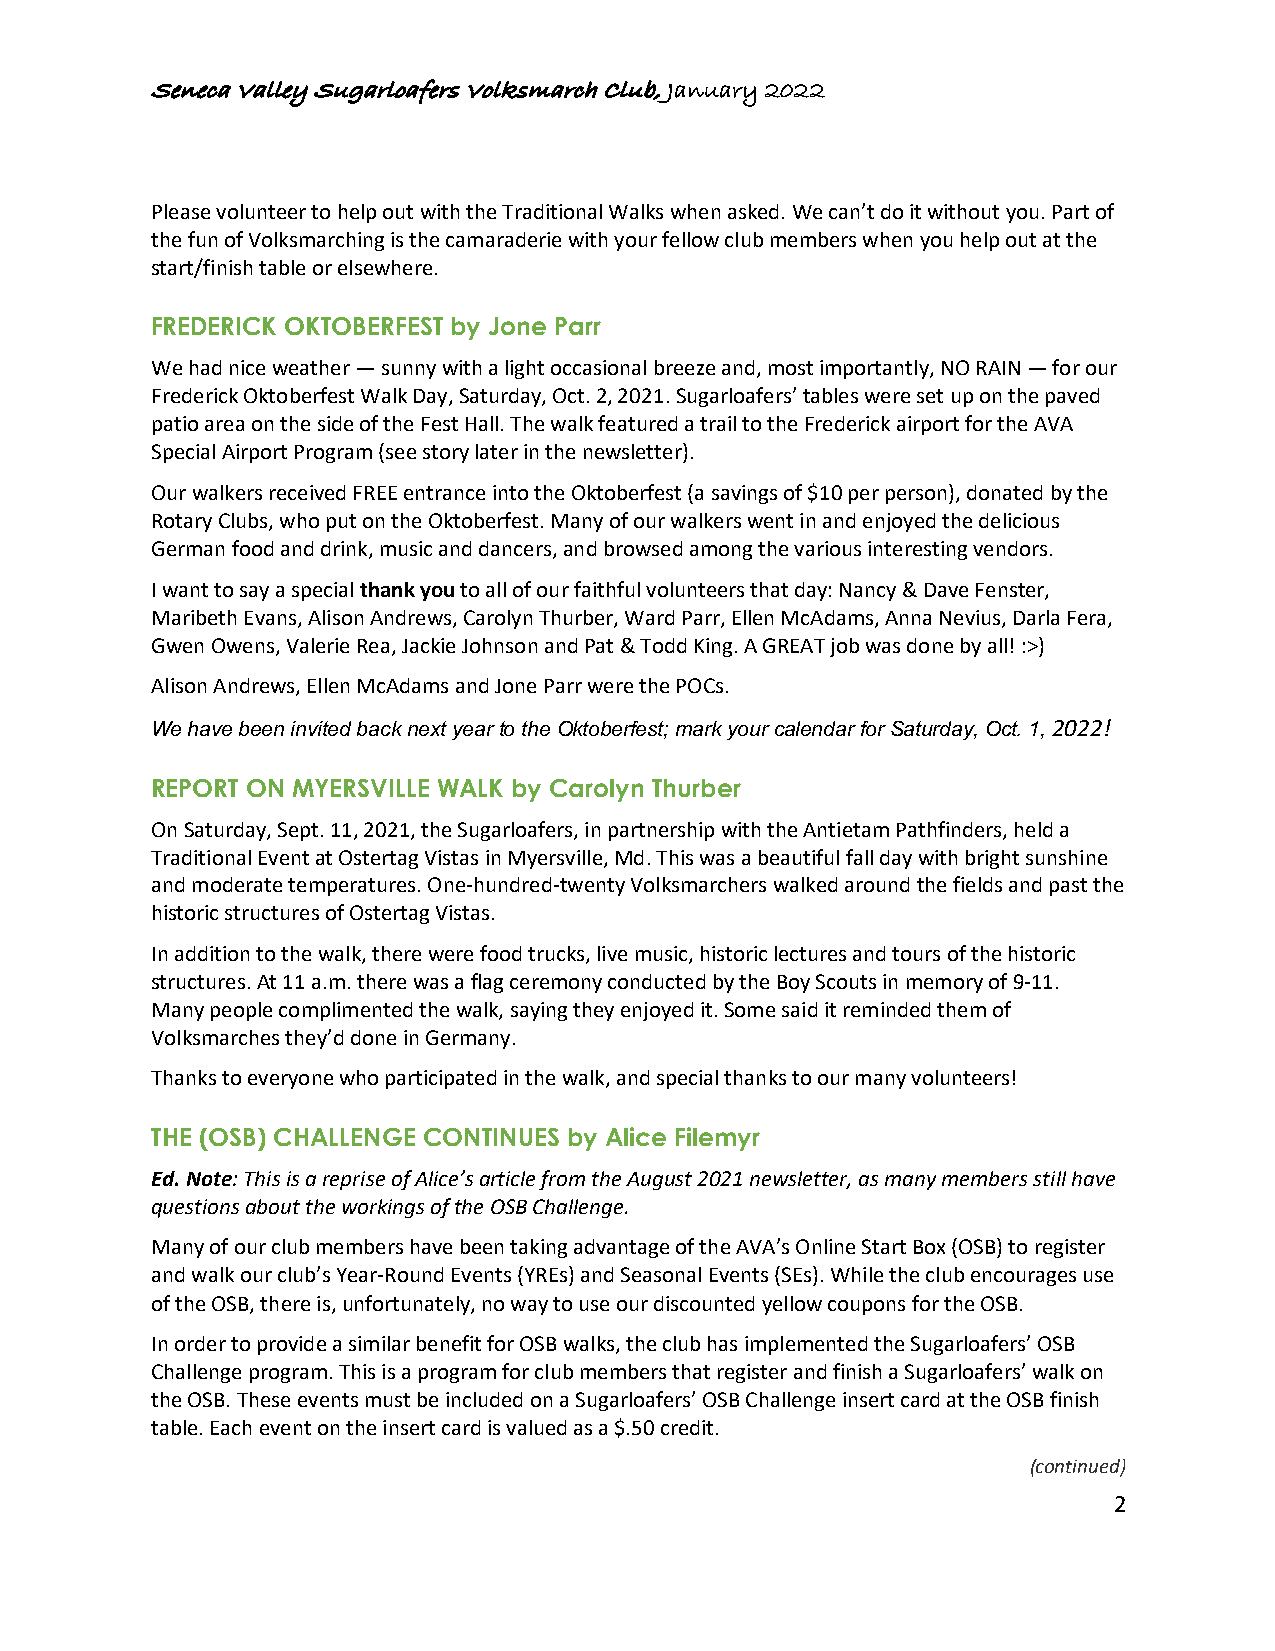
Seneca Valley Sugarloafers Volksmarch Club, January 2022
 Please volunteer to help out with the Traditional Walks when asked. We can’t do it without you. Part of
 the fun of Volksmarching is the camaraderie with your fellow club members when you help out at the
 start/finish table or elsewhere.
 FREDERICK OKTOBERFEST by Jone Parr
 We had nice weather — sunny with a light occasional breeze and, most importantly, NO RAIN — for our
 Frederick Oktoberfest Walk Day, Saturday, Oct. 2, 2021. Sugarloafers’ tables were set up on the paved
 patio area on the side of the Fest Hall. The walk featured a trail to the Frederick airport for the AVA
 Special Airport Program (see story later in the newsletter).
 Our walkers received FREE entrance into the Oktoberfest (a savings of $10 per person), donated by the
 Rotary Clubs, who put on the Oktoberfest. Many of our walkers went in and enjoyed the delicious
 German food and drink, music and dancers, and browsed among the various interesting vendors.
 I want to say a special thank you to all of our faithful volunteers that day: Nancy & Dave Fenster,
 Maribeth Evans, Alison Andrews, Carolyn Thurber, Ward Parr, Ellen McAdams, Anna Nevius, Darla Fera,
 Gwen Owens, Valerie Rea, Jackie Johnson and Pat & Todd King. A GREAT job was done by all! :>)
 Alison Andrews, Ellen McAdams and Jone Parr were the POCs.
 We have been invited back next year to the Oktoberfest; mark your calendar for Saturday, Oct. 1, 2022!
 REPORT ON MYERSVILLE WALK by Carolyn Thurber
 On Saturday, Sept. 11, 2021, the Sugarloafers, in partnership with the Antietam Pathfinders, held a
 Traditional Event at Ostertag Vistas in Myersville, Md. This was a beautiful fall day with bright sunshine
 and moderate temperatures. One-hundred-twenty Volksmarchers walked around the fields and past the
 historic structures of Ostertag Vistas.
 In addition to the walk, there were food trucks, live music, historic lectures and tours of the historic
 structures. At 11 a.m. there was a flag ceremony conducted by the Boy Scouts in memory of 9-11.
 Many people complimented the walk, saying they enjoyed it. Some said it reminded them of
 Volksmarches they’d done in Germany.
 Thanks to everyone who participated in the walk, and special thanks to our many volunteers!
 THE (OSB) CHALLENGE CONTINUES by Alice Filemyr
 Ed. Note: This is a reprise of Alice’s article from the August 2021 newsletter, as many members still have
 questions about the workings of the OSB Challenge.
 Many of our club members have been taking advantage of the AVA’s Online Start Box (OSB) to register
 and walk our club’s Year-Round Events (YREs) and Seasonal Events (SEs). While the club encourages use
 of the OSB, there is, unfortunately, no way to use our discounted yellow coupons for the OSB.
 In order to provide a similar benefit for OSB walks, the club has implemented the Sugarloafers’ OSB
 Challenge program. This is a program for club members that register and finish a Sugarloafers’ walk on
 the OSB. These events must be included on a Sugarloafers’ OSB Challenge insert card at the OSB finish
 table. Each event on the insert card is valued as a $.50 credit.
 (continued)
 2